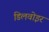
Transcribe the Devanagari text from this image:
डिलवोइर